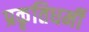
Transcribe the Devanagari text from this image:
प्रकृतिधर्मी